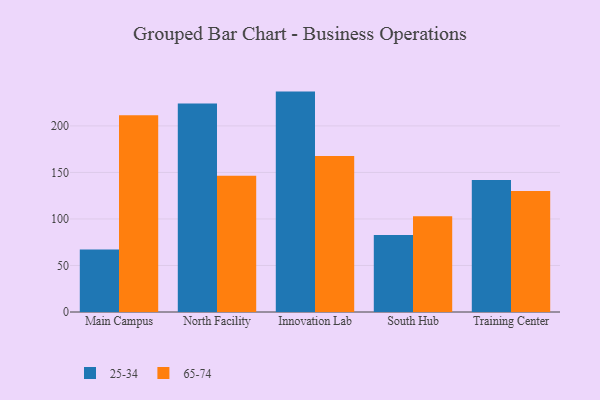
{"axis": {"x": "Campus", "y": "Website Visitors"}, "legend": ["25-34", "65-74"], "data": [{"x": "Main Campus", "y": 67.2, "type": "25-34"}, {"x": "Main Campus", "y": 211.5, "type": "65-74"}, {"x": "North Facility", "y": 224.2, "type": "25-34"}, {"x": "North Facility", "y": 146.5, "type": "65-74"}, {"x": "Innovation Lab", "y": 236.9, "type": "25-34"}, {"x": "Innovation Lab", "y": 167.6, "type": "65-74"}, {"x": "South Hub", "y": 82.8, "type": "25-34"}, {"x": "South Hub", "y": 102.8, "type": "65-74"}, {"x": "Training Center", "y": 141.8, "type": "25-34"}, {"x": "Training Center", "y": 130.0, "type": "65-74"}]}